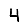
Digit: 4